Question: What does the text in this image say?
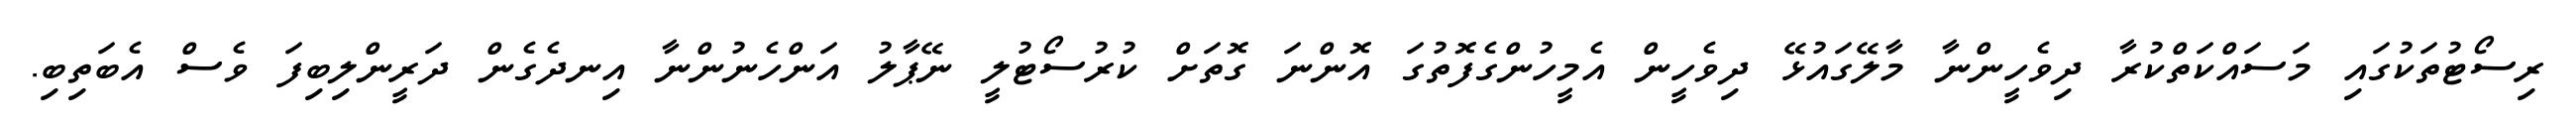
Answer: ރިސޯޓުތަކުގައި މަސައްކަތްކުރާ ދިވެހީންނާ މާލޭގައުޅޭ ދިވެހީން އެމީހުންގެފޮތުގަ އޮންނަ ގޮތަށް ކުރުސޯޓުލީ ނޭޕާލު އަންހެނުންނާ އިނދެގެން ދަރީންލިބިފަ ވެސް އެބަތިބި.